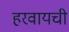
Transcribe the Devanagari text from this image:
हरवायची